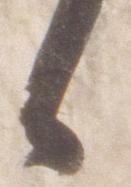
候